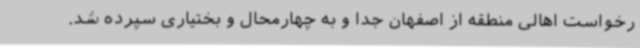
رخواست اهالی منطقه از اصفهان جدا و به چهارمحال و بختیاری سپرده شد.